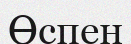
Өспен